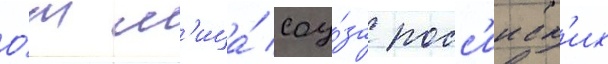
О́т л'ица́ соу́за росс'ииск'их